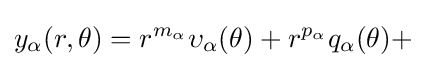
y_{\alpha }(r,\theta )=r^{m_{\alpha }}\upsilon _{\alpha }(\theta )+r^{p_{\alpha }}q_{\alpha }(\theta )+